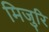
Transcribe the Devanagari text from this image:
मिजुरि